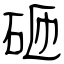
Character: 砸